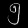
Digit: ၅